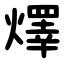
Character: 燡